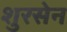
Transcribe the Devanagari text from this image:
शुरसेन